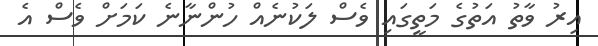
އިރު ވާތު އަތުގެ މަތީގައި ވެސް ލަކުނެއް ހުންނާނެ ކަމަށް ވެސް އެ